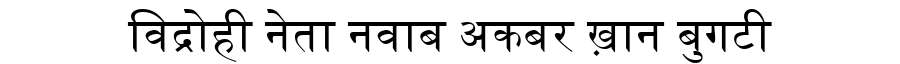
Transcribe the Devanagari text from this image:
विद्रोही नेता नवाब अकबर ख़ान बुगटी